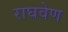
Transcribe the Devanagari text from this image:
राघवेण